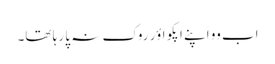
اَب وو اَپنے اَپکو اؤر روک نہِ پا رہا تھا۔